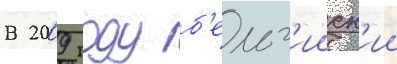
В 2009 году б'ельг'ииск'ии